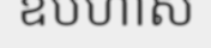
ឧបហាស